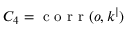
C _ { 4 } = \mathrm { ~ c ~ o ~ r ~ r ~ } ( o , k ^ { | } )